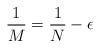
LaTeX: \begin{align*}\frac 1 M = \frac{1}{N} - \epsilon\end{align*}